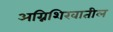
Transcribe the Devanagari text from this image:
अग्निशिखातील